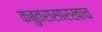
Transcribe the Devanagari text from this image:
कबुतरासारखाच